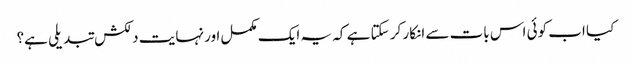
کیا اب کوئی اس بات سے انکار کر سکتا ہے کہ یہ ایک مکمل اور نہایت دلکش تبدیلی ہے؟